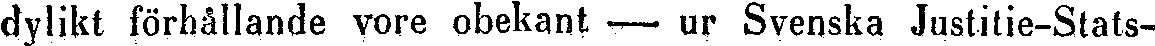
dylikt förhållande vore obekant -— ur Svenska Justitie-Stats-